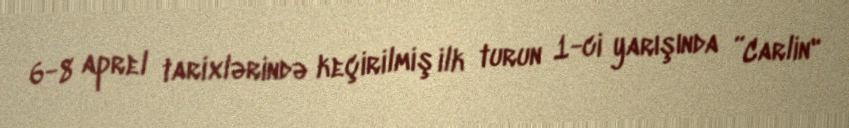
6-8 aprel tarixlərində keçirilmiş ilk turun 1-ci yarışında ”Carlin"